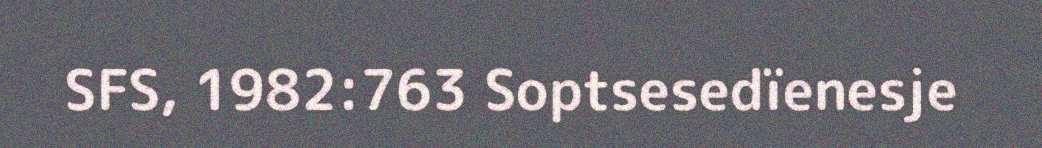
SFS, 1982:763 Soptsesedïenesje